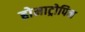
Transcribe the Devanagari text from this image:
होमाट्रोपिन